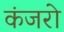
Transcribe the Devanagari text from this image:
कंजरो